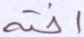
أخنه